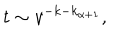
LaTeX: t \sim v ^ { - k - k _ { \alpha + 1 } } ,